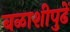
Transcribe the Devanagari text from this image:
बळाशीपुढें